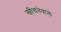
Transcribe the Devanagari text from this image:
खींचनेवाले